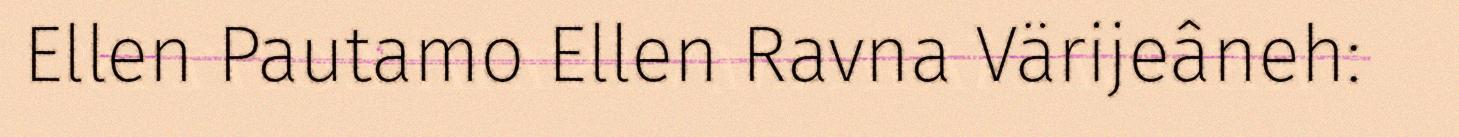
Ellen Pautamo Ellen Ravna Värijeâneh: